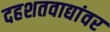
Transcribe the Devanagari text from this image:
दहशतवाद्यांवर